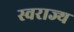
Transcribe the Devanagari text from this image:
स्‍वराज्य